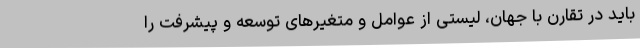
باید در تقارن با جهان، لیستی از عوامل و متغیرهای توسعه و پیشرفت را